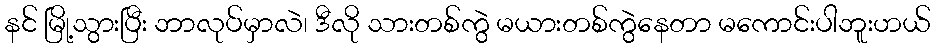
နင် မြို့သွားပြီး ဘာလုပ်မှာလဲ၊ ဒီလို သားတစ်ကွဲ မယားတစ်ကွဲနေတာ မကောင်းပါဘူးဟယ်